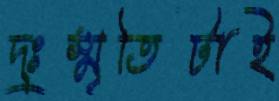
দুঃস্মৃতিটাই